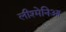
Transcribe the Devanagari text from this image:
लीश्मेनिआ